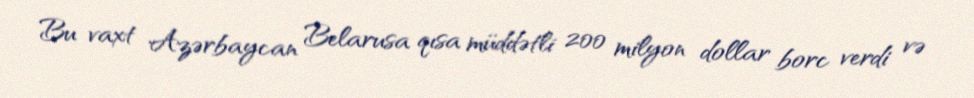
Bu vaxt Azərbaycan Belarusa qısa müddətli 200 milyon dollar borc verdi və